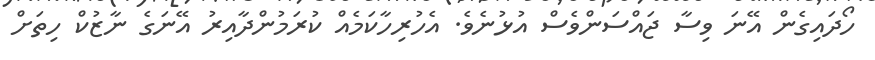
ހޯދައިގެން އޭނަ ވިސާ ޖައްސަންވެސް އުޅުނެވެ. އެހުރިހާކަމެއް ކުރަމުންދާއިރު އޭނަގެ ނާޒުކް ހިތަށް